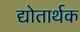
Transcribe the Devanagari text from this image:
द्योतार्थक